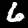
Digit: 6